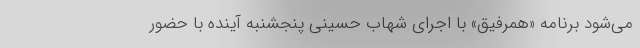
می‌شود برنامه «همرفیق» با اجرای شهاب حسینی پنجشنبه آینده با حضور